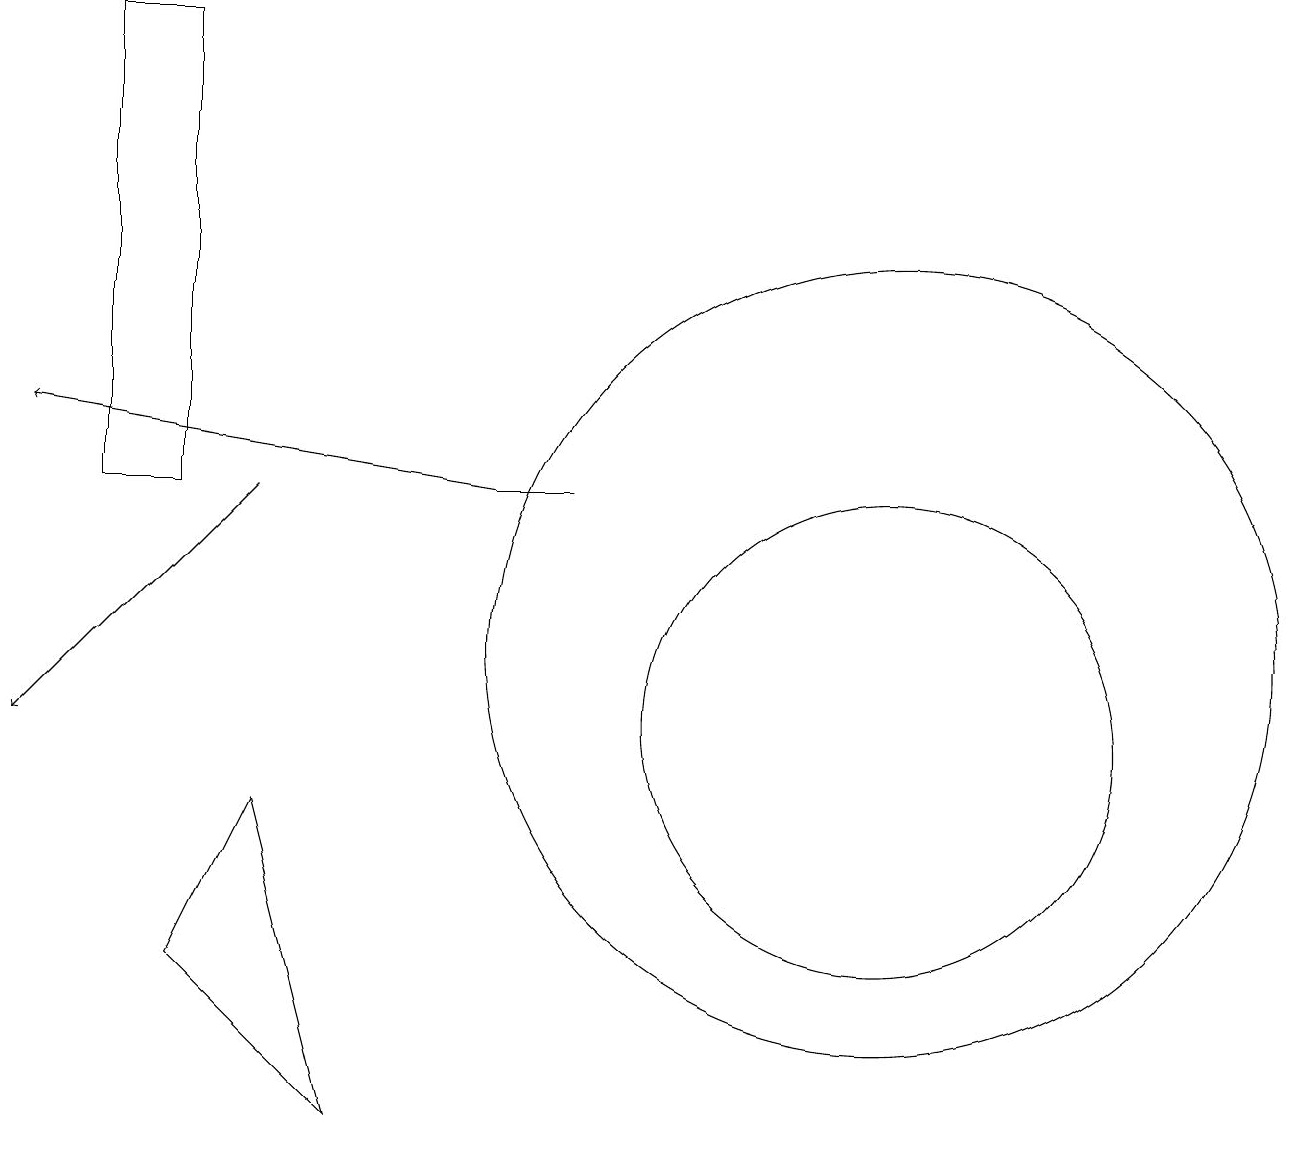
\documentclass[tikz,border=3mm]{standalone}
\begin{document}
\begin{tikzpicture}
\draw[->] (3,13) -- (0,10);
\draw (11,11) circle (5);
\draw[->] (6,13) -- (0,14);
\draw (2,19) rectangle (1,13);
\draw (11,10) circle (3);
\draw (6,13) rectangle (7,13);
\draw (4,5) -- (2,7) -- (3,9) -- cycle;
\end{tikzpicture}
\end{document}